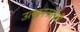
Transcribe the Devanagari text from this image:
उत्खननस्तळी